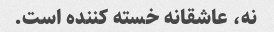
نه، عاشقانه خسته کننده است.